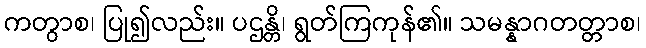
ကတွာစ၊ ပြု၍လည်း။ ပဌန္တိ၊ ရွတ်ကြကုန်၏။ သမန္နာဂတတ္တာစ၊